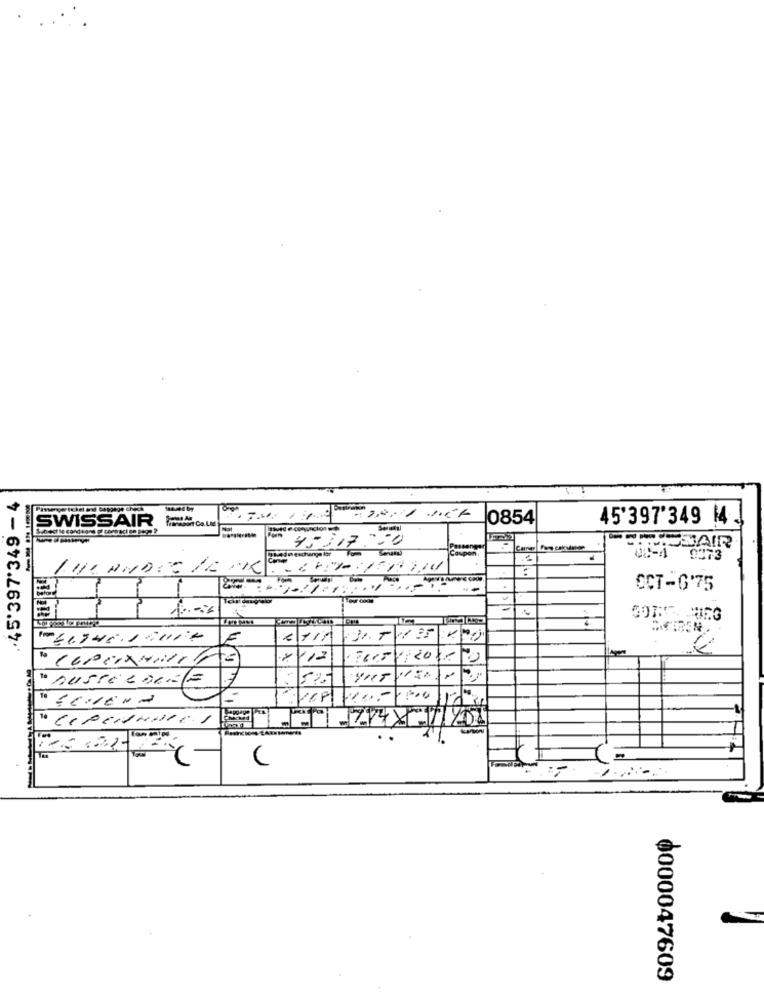
.. 45'397'349-4
SWISSAIR
bort Ca.Lid
0854
45'397'349 14.
45117550
OCT-6'75
E
112
Forvir
" russelsede
575
0000047609